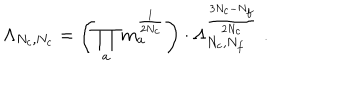
\Lambda _ { N _ { c } , N _ { c } } = \left( \prod _ { a } m _ { a } ^ { \frac 1 { 2 N _ { c } } } \right) \cdot \Lambda _ { N _ { c } , N _ { f } } ^ { \frac { 3 N _ { c } - N _ { f } } { 2 N _ { c } } } \; .